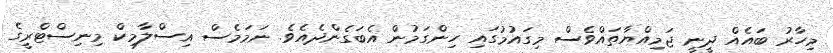
މިހާރު ބައެއް ދީނީ ޖަމިއްޔާތައްވެސް މިގައުމުގައި ހިންގަމުން އެބަގެންދެއެވެ. ނަމަމެސް އިސްލާމިކް މިނިސްޓްރީގެ